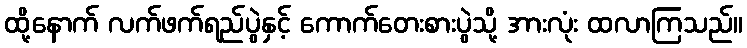
ထို့နောက် လက်ဖက်ရည်ပွဲနှင့် ကောက်တေးစားပွဲသို့ အားလုံး ထလာကြသည်။